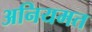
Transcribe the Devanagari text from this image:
अनियमत